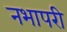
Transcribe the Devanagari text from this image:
नभापरी